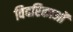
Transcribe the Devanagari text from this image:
विदरिकाओं